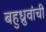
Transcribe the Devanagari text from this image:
बहुध्रुवांची